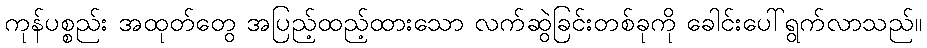
ကုန်ပစ္စည်း အထုတ်တွေ အပြည့်ထည့်ထားသော လက်ဆွဲခြင်းတစ်ခုကို ခေါင်းပေါ်ရွက်လာသည်။